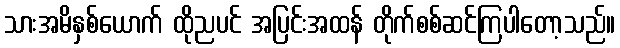
သားအမိနှစ်ယောက် ထိုညပင် အပြင်းအထန် တိုက်စစ်ဆင်ကြပါတော့သည်။